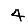
Digit: 4